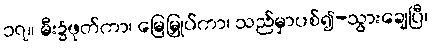
၁၇။ မီး၌ဖုတ်ကာ၊ မြေမြှုပ်ကာ၊ သည်မှာပစ်၍-သွားချေပြီ၊